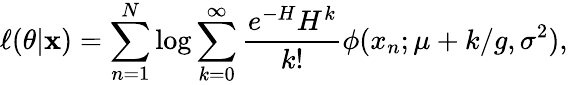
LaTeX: \ell(\theta|\mathbf x)=\sum_{n=1}^{N}\log\sum_{k=0}^{\infty}\frac{e^{-H}H^{k}}{k!}\phi(x_{n};\mu+k/g,\sigma^{2}),